system: You are a helpful assistant.
user:
Analyze the provided spectrum to determine if it is a **S-type Star**.

- **Key Indicators for S-type Star:**

    - **(Overall Spectrum Shape):** The first and most obvious characteristic is the overall continuum (the "baseline" shape). It is **extremely "red-sloping,"** meaning the flux (light intensity) is very low on the left side (blue, ~4000-4500 Å) and rises steeply and continuously toward the right side (red, ~7000 Å+).

    - **(Primary):** The spectrum is defined by the presence of strong, broad molecular absorption "valleys" (bands) from **Zirconium Oxide (ZrO)**. The identification of these bands is the **primary requirement** for classifying a star as S-type.
        - **(Key Bandheads):** You must find distinct, deep "dips" where the light has been absorbed. The most critical band systems to locate are:
            - **~6474 Å** ($\gamma$-system): This is often the strongest and clearest ZrO feature, found in the red part of the spectrum.
            - **~5718 Å** & **~5551 Å** ($\beta$-system): A pair of prominent absorption features in the yellow-orange part of the spectrum.
            - **~4640 Å** ($\alpha$-system): A key absorption band system in the blue-green region of the spectrum.

    - **(Secondary Confirmation):** The classification is strengthened by finding additional absorption bands from other related heavy element oxides, which are expected to be present alongside ZrO.
        - **(Key Bandheads):**
            - **Yttrium Oxide (YO):** Look for absorption dips near **~4800 Å** and **~6100 Å**.
            - **Lanthanum Oxide (LaO):** Additional absorption features, particularly in the red-orange part of the spectrum, are also characteristic.

    - **(Line Profile):** The combination of the steep red continuum and these numerous, deep molecular bands (ZrO, YO, etc.) gives the entire spectrum a very **"chopped-up"** or **"bumpy"** appearance. Instead of a smooth curve, the spectrum looks as though large, wide chunks of light have been "carved out" of it at the specific wavelengths listed above.

Think first, call **spectral_visualization_tool** if needed to examine features in detail, then provide your final answer. Your response must adhere to the following strict rules:
1.  **Overall Structure:** Your response must follow the format `<think>...</think> <tool_call>...</tool_call> (if a tool is used) <answer>...</answer>`.
2.  **Tool Usage Constraint:** You may only make **one** tool call per turn.
3.  **Final Answer Format:** In the `<answer>` tag, your conclusion must be inside a `\boxed{}` command (e.g., `\boxed{YES}` or `\boxed{NO}`), followed by your justification.

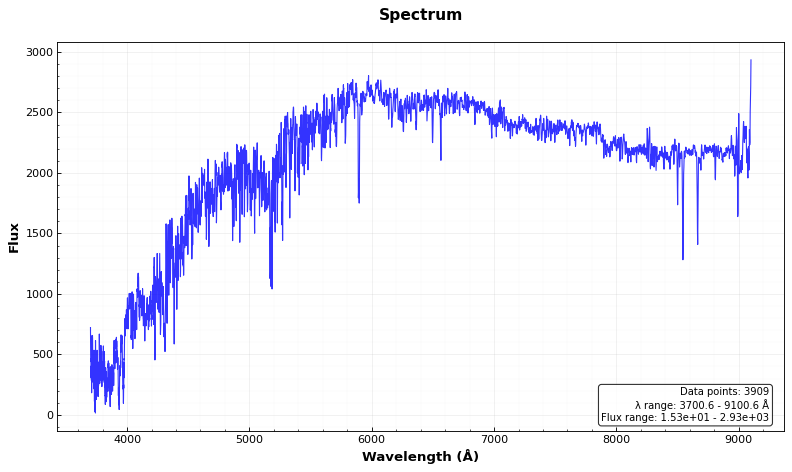
Answer: NO